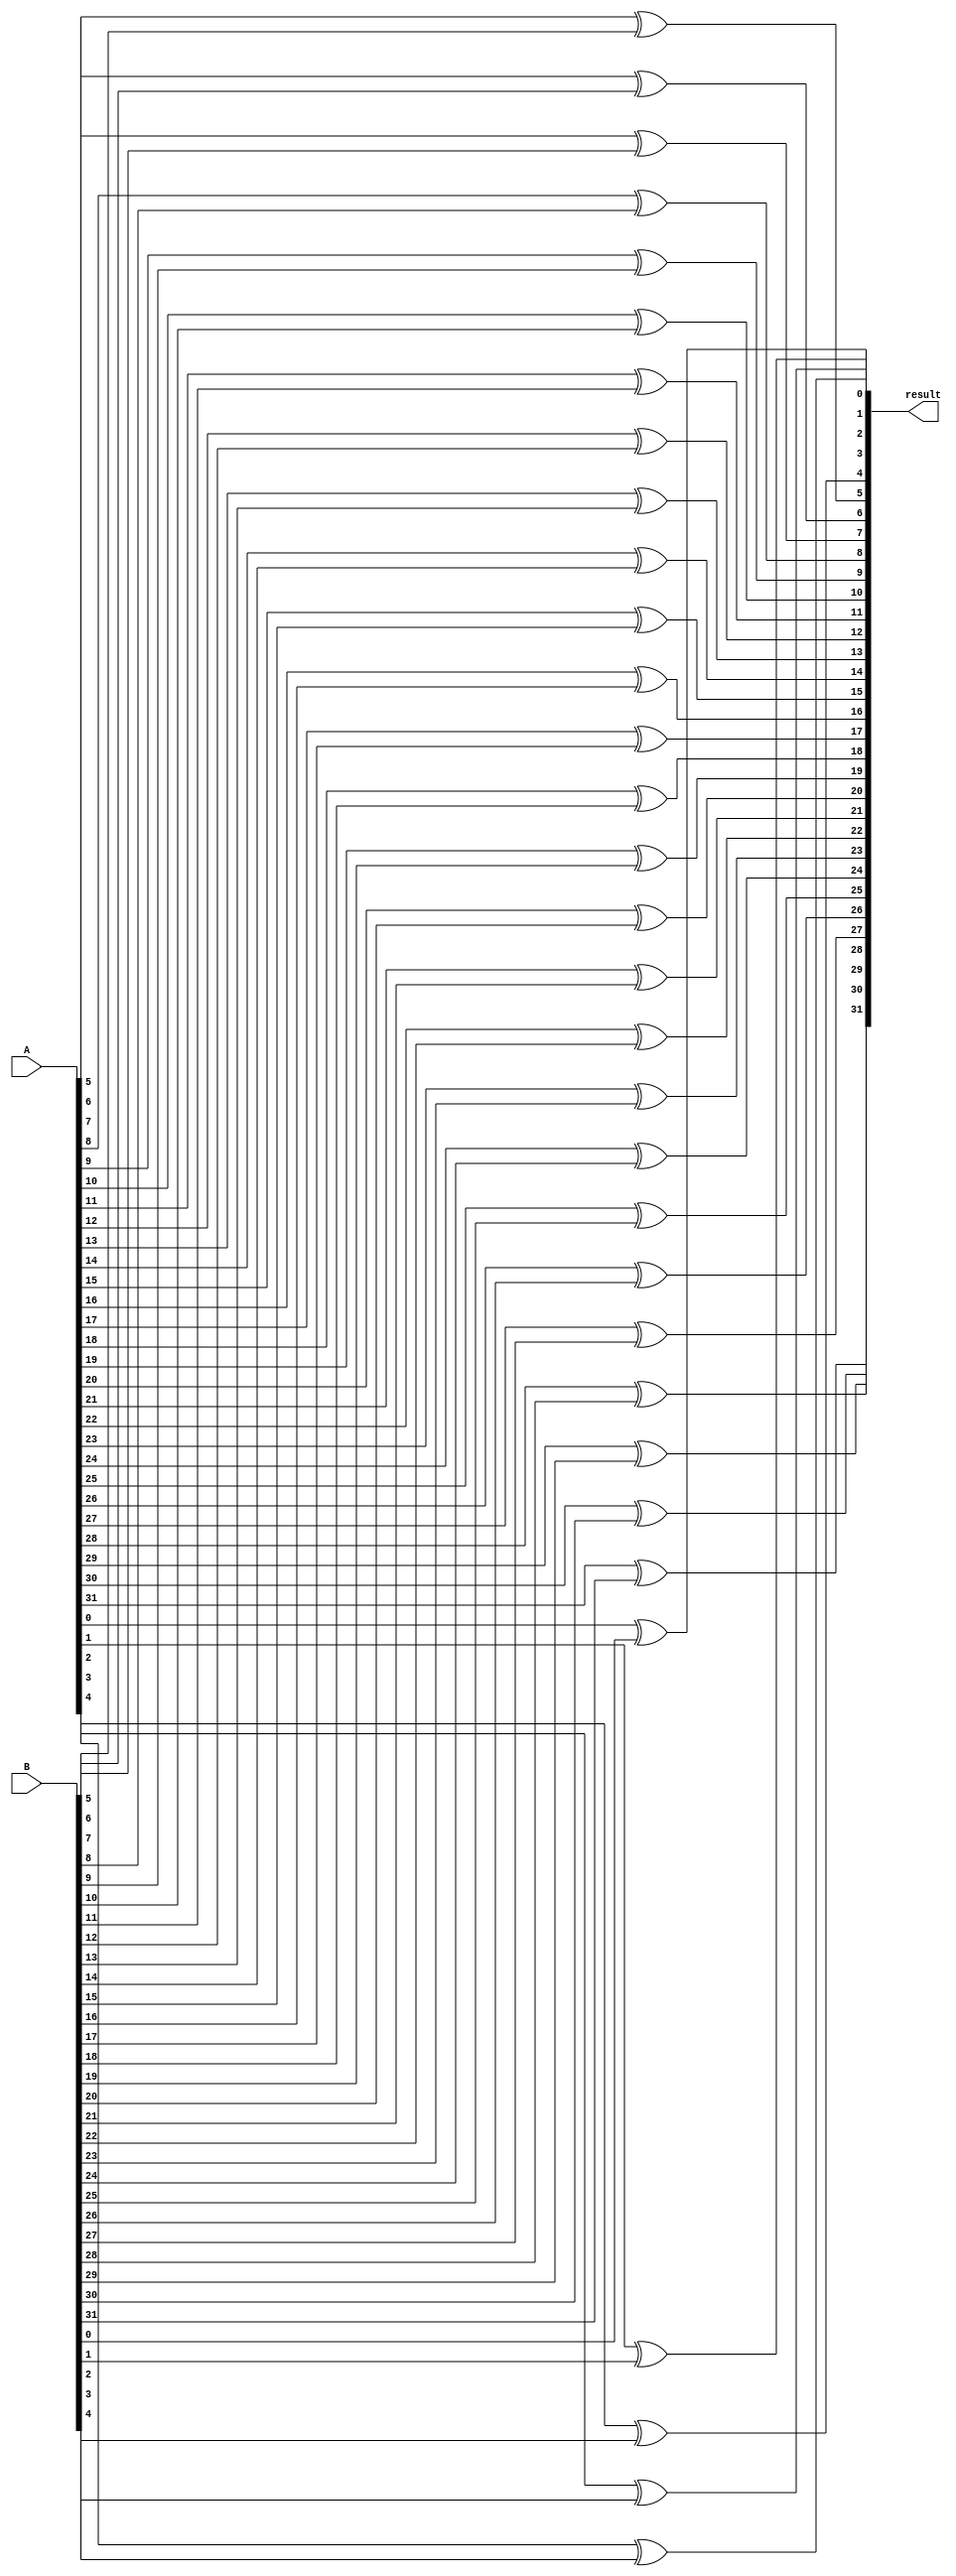
module _32bit_XOR(result, A, B);
input [31:0] A, B;
output [31:0] result;

xor (result[0], A[0], B[0]);
xor (result[1], A[1], B[1]);
xor (result[2], A[2], B[2]);
xor (result[3], A[3], B[3]);
xor (result[4], A[4], B[4]);
xor (result[5], A[5], B[5]);
xor (result[6], A[6], B[6]);
xor (result[7], A[7], B[7]);
xor (result[8], A[8], B[8]);
xor (result[9], A[9], B[9]);
xor (result[10], A[10], B[10]);
xor (result[11], A[11], B[11]);
xor (result[12], A[12], B[12]);
xor (result[13], A[13], B[13]);
xor (result[14], A[14], B[14]);
xor (result[15], A[15], B[15]);
xor (result[16], A[16], B[16]);
xor (result[17], A[17], B[17]);
xor (result[18], A[18], B[18]);
xor (result[19], A[19], B[19]);
xor (result[20], A[20], B[20]);
xor (result[21], A[21], B[21]);
xor (result[22], A[22], B[22]);
xor (result[23], A[23], B[23]);
xor (result[24], A[24], B[24]);
xor (result[25], A[25], B[25]);
xor (result[26], A[26], B[26]);
xor (result[27], A[27], B[27]);
xor (result[28], A[28], B[28]);
xor (result[29], A[29], B[29]);
xor (result[30], A[30], B[30]);
xor (result[31], A[31], B[31]);

endmodule